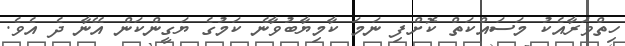
ހިތްވަރާއެކު މަސައްކަތް ކޮށްފި ނަމަ ކާމިޔާބުވާނެ ކަމުގެ ޔަގީންކަން އޭނާ ދެ އެވެ.